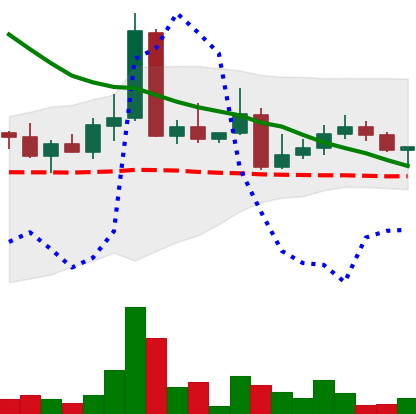
Ticker: DOGE-USD
Chart end date: 2022-04-18
Forward return: -4.309%
Label: down_3_5